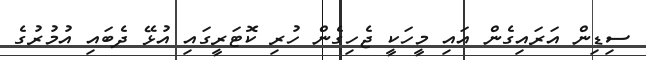
ސިޑިން އަރައިގެން އައި މީހަކީ ޖެހިގެން ހުރި ކޮޓަރީގައި އުޅޭ ދެބައި އުމުރުގެ